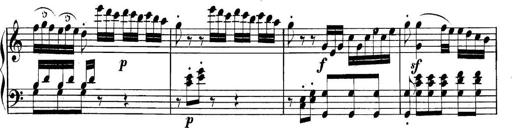
Title: Collected Piano Sonatas
Composer: Muzio Clementi